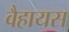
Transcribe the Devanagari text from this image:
वैहायस